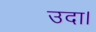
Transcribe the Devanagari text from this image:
उदा।